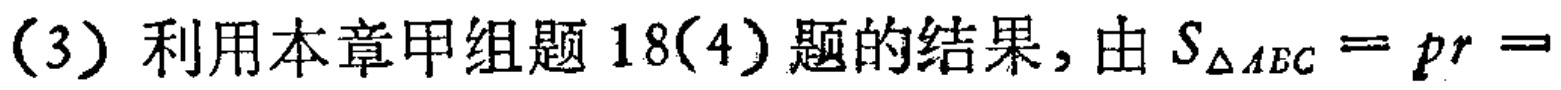
(3) 利用本章甲组题 \(18(4)\) 题的结果, 由 \(S_{\triangle ABC}=pr=\)